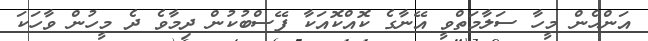
އަންހެން މީހާ ސަލާމަތްވީ އޭނާގެ ކޮއްކޮއަކާ ފޭސްބުކުން ދިމާވެ ދެ މީހުން ވާހަކަ